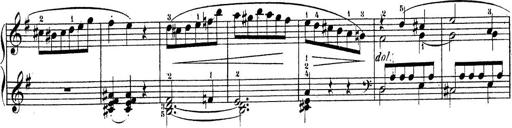
Title: Piano Sonatine No.2
Composer: Peter Piel
Key: G major